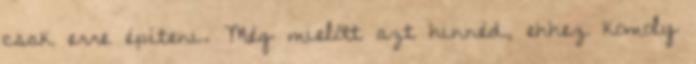
csak erre építeni. Még mielőtt azt hinnéd, ehhez komoly